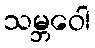
သမ္ဘဝေါ